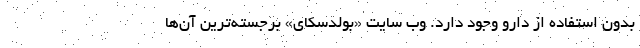
بدون استفاده از دارو وجود دارد. وب سایت «بولدسکای» برجسته‌ترین آن‌ها